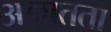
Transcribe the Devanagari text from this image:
अज्ञातता